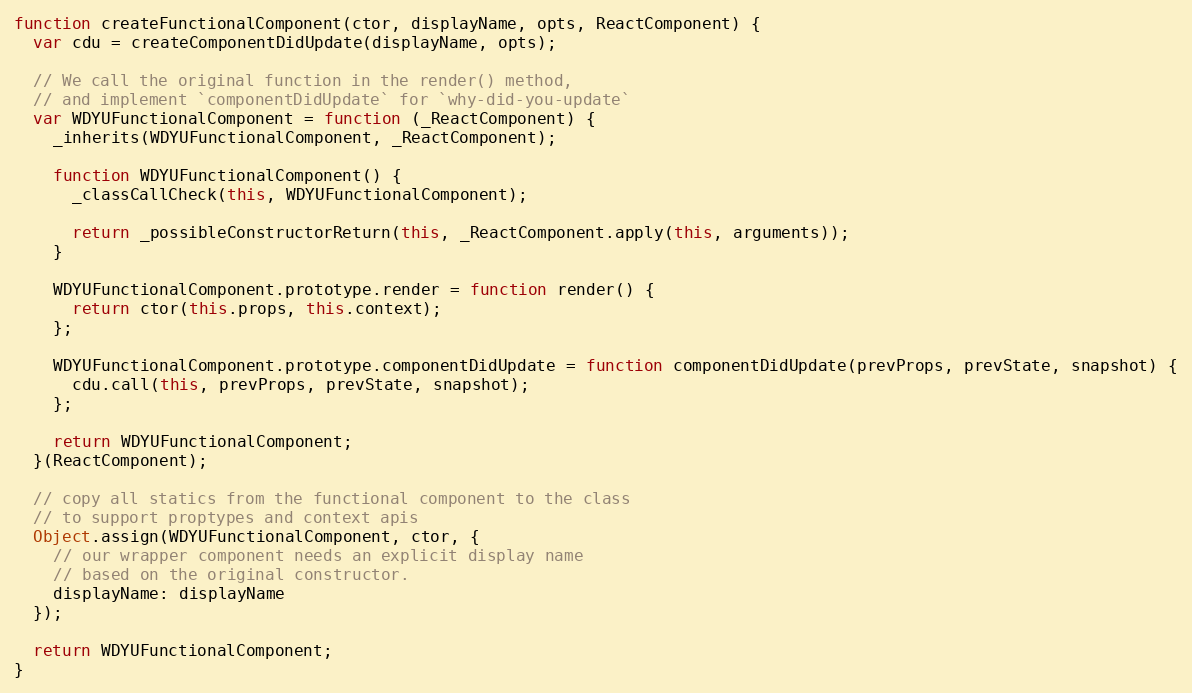
Language: JavaScript
function createFunctionalComponent(ctor, displayName, opts, ReactComponent) {
  var cdu = createComponentDidUpdate(displayName, opts);

  // We call the original function in the render() method,
  // and implement `componentDidUpdate` for `why-did-you-update`
  var WDYUFunctionalComponent = function (_ReactComponent) {
    _inherits(WDYUFunctionalComponent, _ReactComponent);

    function WDYUFunctionalComponent() {
      _classCallCheck(this, WDYUFunctionalComponent);

      return _possibleConstructorReturn(this, _ReactComponent.apply(this, arguments));
    }

    WDYUFunctionalComponent.prototype.render = function render() {
      return ctor(this.props, this.context);
    };

    WDYUFunctionalComponent.prototype.componentDidUpdate = function componentDidUpdate(prevProps, prevState, snapshot) {
      cdu.call(this, prevProps, prevState, snapshot);
    };

    return WDYUFunctionalComponent;
  }(ReactComponent);

  // copy all statics from the functional component to the class
  // to support proptypes and context apis
  Object.assign(WDYUFunctionalComponent, ctor, {
    // our wrapper component needs an explicit display name
    // based on the original constructor.
    displayName: displayName
  });

  return WDYUFunctionalComponent;
}